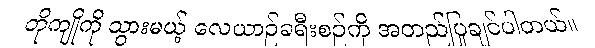
တိုကျိုကို သွားမယ့် လေယာဉ်ခရီးစဉ်ကို အတည်ပြုချင်ပါတယ်။